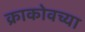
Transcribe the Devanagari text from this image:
क्राकोवच्या